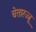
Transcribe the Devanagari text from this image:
चेतारज्जू